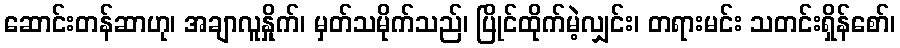
ဆောင်းတန်ဆာဟု၊ အချာလူနှိုက်၊ မှတ်သမိုက်သည်၊ ပြိုင်ထိုက်မဲ့လျှင်း၊ တရားမင်း သတင်းရှိန်စော်၊